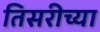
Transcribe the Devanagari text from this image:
तिसरीच्या